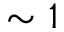
\sim 1